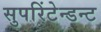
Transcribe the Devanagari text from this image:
सुपरिंटेन्डन्ट